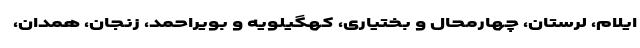
ایلام، لرستان، چهارمحال و بختیاری، کهگیلویه و بویراحمد، زنجان، همدان،